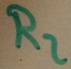
Text: R2